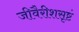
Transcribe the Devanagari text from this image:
जीवैरीशसृष्टं